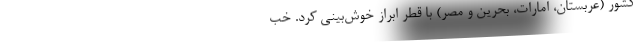
کشور (عربستان، امارات، بحرین و مصر) با قطر ابراز خوش‌بینی کرد. خب